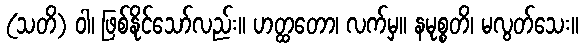
(သတိ) ဝါ၊ ဖြစ်နိုင်သော်လည်း။ ဟတ္ထတော၊ လက်မှ။ နမုစ္စတိ၊ မလွတ်သေး။